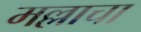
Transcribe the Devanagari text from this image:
मल्लाचा